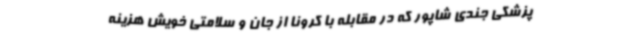
پزشکی جندی شاپور که در مقابله با کرونا از جان و سلامتی خویش هزینه